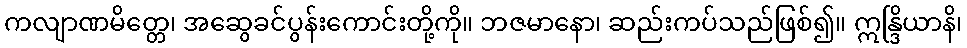
ကလျာဏမိတ္တေ၊ အဆွေခင်ပွန်းကောင်းတို့ကို။ ဘဇမာနော၊ ဆည်းကပ်သည်ဖြစ်၍။ ဣန္ဒြိယာနိ၊